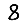
Digit: 8